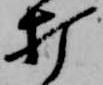
打